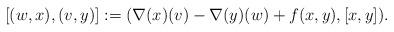
LaTeX: \begin{align*}& [(w,x),(v,y)]:=(\nabla(x)(v)-\nabla(y)(w)+f(x,y), [x,y]) .\end{align*}